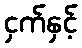
ငှက်နှင့်